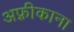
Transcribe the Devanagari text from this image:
अफ़्रीकाना